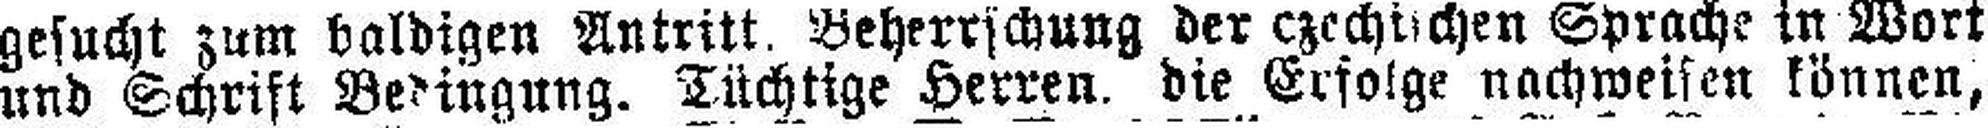
und Schrift Beringung. Tüchtige Herren, die Erfolge nachweisen können,